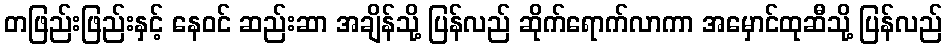
တဖြည်းဖြည်းနှင့် နေဝင် ဆည်းဆာ အချိန်သို့ ပြန်လည် ဆိုက်ရောက်လာကာ အမှောင်ထုဆီသို့ ပြန်လည်